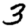
Digit: 3